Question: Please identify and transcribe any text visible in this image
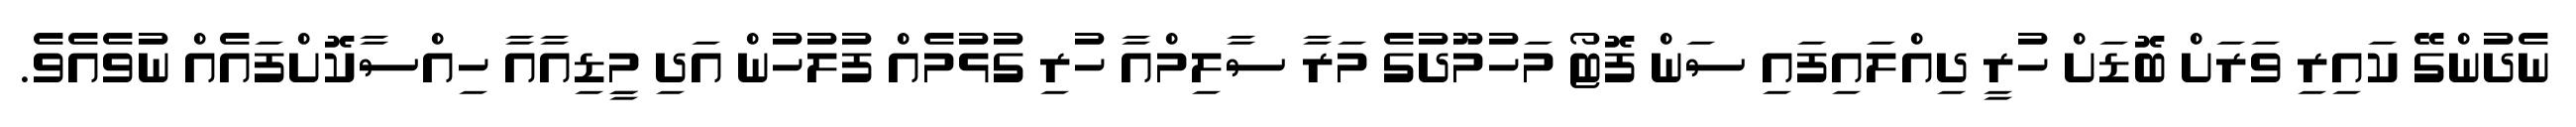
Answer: ނެދުންގޭ ކައިރި ވަރަށް ބޮޑަށް ހުރީ ދިއްލައިފައި ސަން ފޮޓޯ މަހުމޫދުގެ މަރާ ސާލިމްއާ ހުރި ގުޅުމެއް ފުލުހުން އަދި މީިޑިއާއާ ހިއްސާކޮށްފައެއް ނުވެއެވެ.